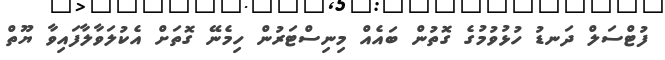
ފުޓްސަލް ދަނޑު ހުޅުވުމުގެ ގޮތުން ބައެެއް މިނިސްޓަރުން ހިމެނޭ ގޮތަށް އެކުލަވާލާފައިވާ ޔޫތް